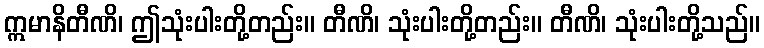
ဣမာနိတီဏိ၊ ဤသုံးပါးတို့တည်း။ တီဏိ၊ သုံးပါးတို့တည်း။ တီဏိ၊ သုံးပါးတို့သည်။